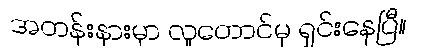
အတန်းနားမှာ လူတောင်မှ ရှင်းနေပြီ။